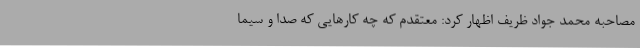
مصاحبه محمد جواد ظریف اظهار کرد: معتقدم که چه کارهایی که صدا و سیما